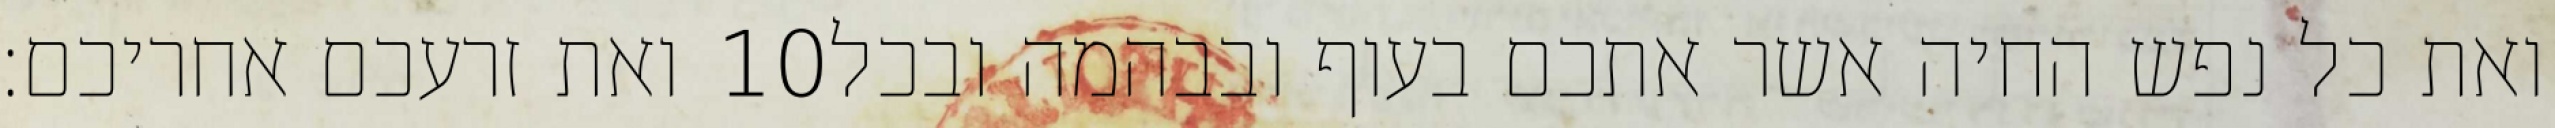
ואת זרעכם אחריכם׃ ‎10‏ ואת כל נפש החיה אשר אתכם בעוף ובבהמה ובכל